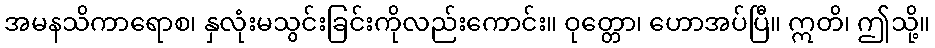
အမနသိကာရောစ၊ နှလုံးမသွင်းခြင်းကိုလည်းကောင်း။ ဝုတ္တော၊ ဟောအပ်ပြီ။ ဣတိ၊ ဤသို့။